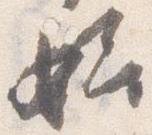
始